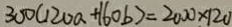
3 0 0 ( 1 2 0 a + 1 6 0 b ) = 2 0 0 0 \times 1 2 0